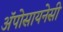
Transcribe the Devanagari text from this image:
अॅपोसायनेसी